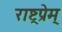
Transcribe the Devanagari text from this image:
राष्ट्रप्रेम्